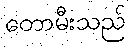
တောမီးသည်